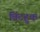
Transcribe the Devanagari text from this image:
विंटहुक